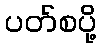
ပတ်စပို့